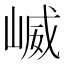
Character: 𫶆